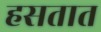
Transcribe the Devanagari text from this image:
हसतात